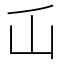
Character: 屲